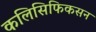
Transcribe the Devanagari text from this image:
कलिसिफिकसन